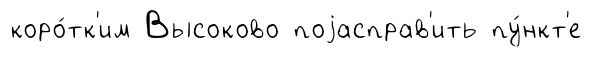
коро́тк'им Высоково поjасправ'ить пу́нкт'е